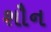
શૌન